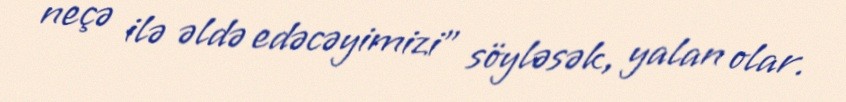
neçə ilə əldə edəcəyimizi" söyləsək, yalan olar.